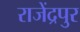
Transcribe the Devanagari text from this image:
राजेंद्रपुर